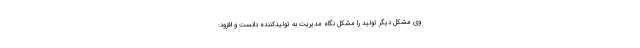
وی مشکل دیگر تولید را مشکل نگاه مدیریت به تولیدکننده دانست و افزود: